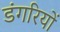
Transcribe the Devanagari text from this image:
डंगरियों